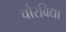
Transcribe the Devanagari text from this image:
चौरविद्या